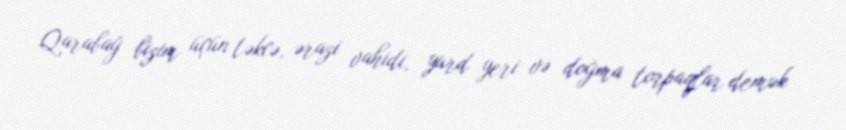
Qarabağ bizim üçün təkcə, ərazi vahidi, yurd yeri və doğma torpaqlar demək